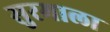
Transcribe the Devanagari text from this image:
सुरमाला